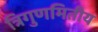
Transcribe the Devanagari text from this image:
त्रिगुणमितीय